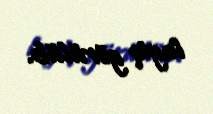
layiq görülüb.